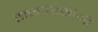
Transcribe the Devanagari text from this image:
तासातासांनी